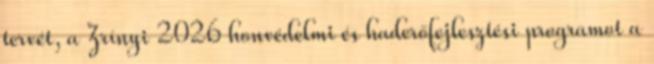
tervét, a Zrínyi 2026 honvédelmi és haderőfejlesztési programot a